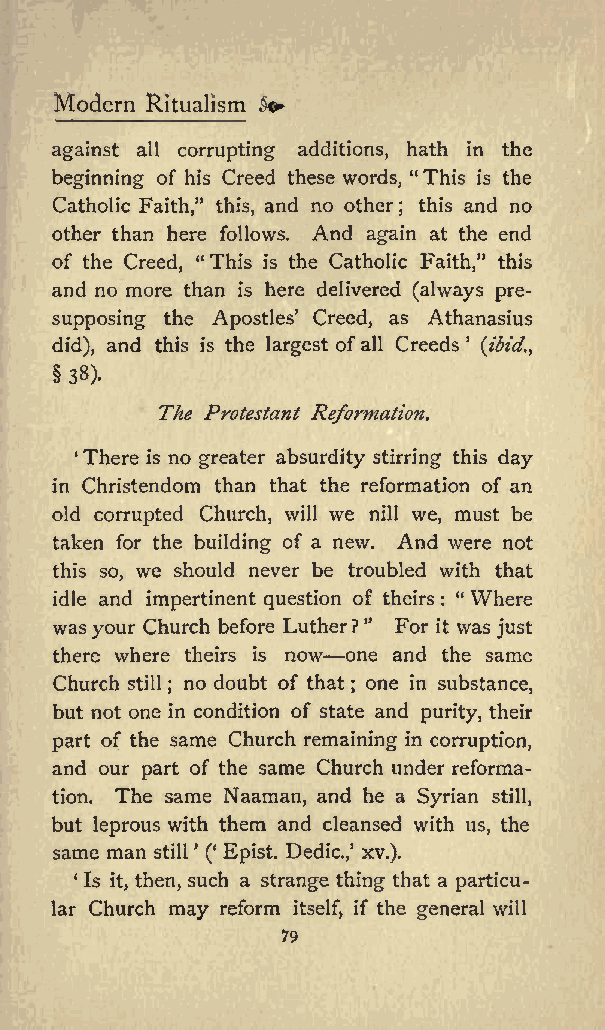
Modern Ritualism So*
 against all corrupting additions, hath in the
 beginning of his Creed these words, &quot;This is the
 Catholic Faith,&quot; this, and no other ; this and no
 other than here follows. And again at the end
 of the Creed, &quot; This is the Catholic Faith,&quot; this
 and no more than is here delivered (always pre
 supposing the Apostles Creed, as Athanasius
 did), and this is the largest ofall Creeds (ibid.&amp;gt;
 38).
 The Protestant Reformation.
 There is no greater absurdity stirring this day
 in Christendom than that the reformation of an
 old corrupted Church, will we nill we, must be
 taken for the building of a new. And were not
 this so, we should never be troubled with that
 idle and impertinent question of theirs : &quot; Where
 wasyour Church before Luther?&quot; For it was just
 there where theirs is now one and the same
 Church still no doubt of that one in substance,
 ;           ;
 but not one in condition of state and purity, their
 part of the same Church remaining in corruption,
 and our part of the same Church under reforma
 tion. The same Naaman, and he a Syrian still,
 but leprous with them and cleansed with us, the
 same man still ( Epist. Dedic.,1 xv.).
 Is it, then, such a strange thing that a particu
 lar Church may reform itself, if the general will
 79